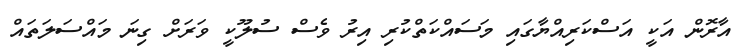
އާރޮން އަކީ އަސްކަރިއްޔާގައި މަސައްކަތްކުރި އިރު ވެސް ސުލޫކީ ވަރަށް ގިނަ މައްސަލަތައް